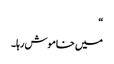
“
میں خاموش رہا۔